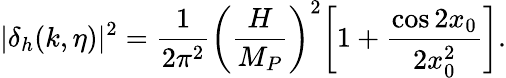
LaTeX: |\delta_{h}(k,\eta)|^{2}=\frac{1}{2\pi^{2}}\biggl(\frac{H}{M_{P}}\biggr)^{2}\biggl[1+\frac{\cos{2x_{0}}}{2x_{0}^{2}}\biggr].